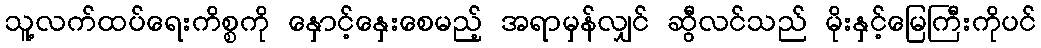
သူ့လက်ထပ်ရေးကိစ္စကို နှောင့်နှေးစေမည့် အရာမှန်လျှင် ဆွီလင်သည် မိုးနှင့်မြေကြီးကိုပင်